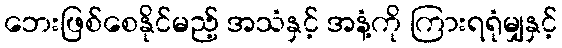
ဘေးဖြစ်စေနိုင်မည့် အသံနှင့် အနံ့ကို ကြားရရုံမျှနှင့်